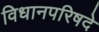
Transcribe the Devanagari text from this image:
विधानपरिषदे